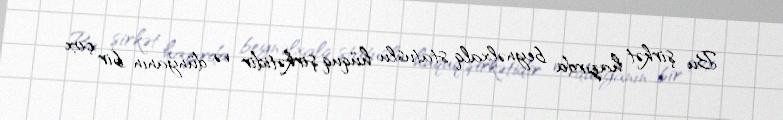
Bu şirkət hazırda beynəlxalq statuslu hüquq şirkətidir və dünyanın bir çox